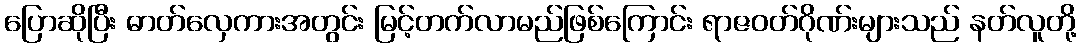
ပြောဆိုပြီး ဓာတ်လှေကားအတွင်း မြင့်တက်လာမည်ဖြစ်ကြောင်း ရာဇဝတ်ဂိုဏ်းများသည် နတ်လူတို့